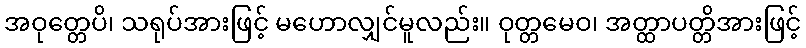
အဝုတ္တေပိ၊ သရုပ်အားဖြင့် မဟောလျှင်မူလည်း။ ဝုတ္တမေဝ၊ အတ္ထာပတ္တိအားဖြင့်